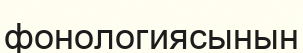
фонологиясынын